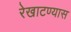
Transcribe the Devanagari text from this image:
रेखाटण्यास